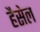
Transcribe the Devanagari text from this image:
हैसेल